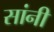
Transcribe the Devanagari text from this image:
सांनी